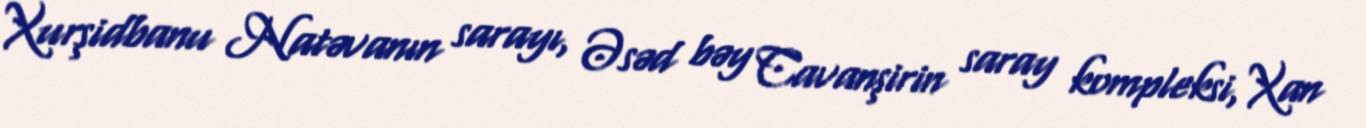
Xurşidbanu Natəvanın sarayı, Əsəd bəy Cavanşirin saray kompleksi, Xan